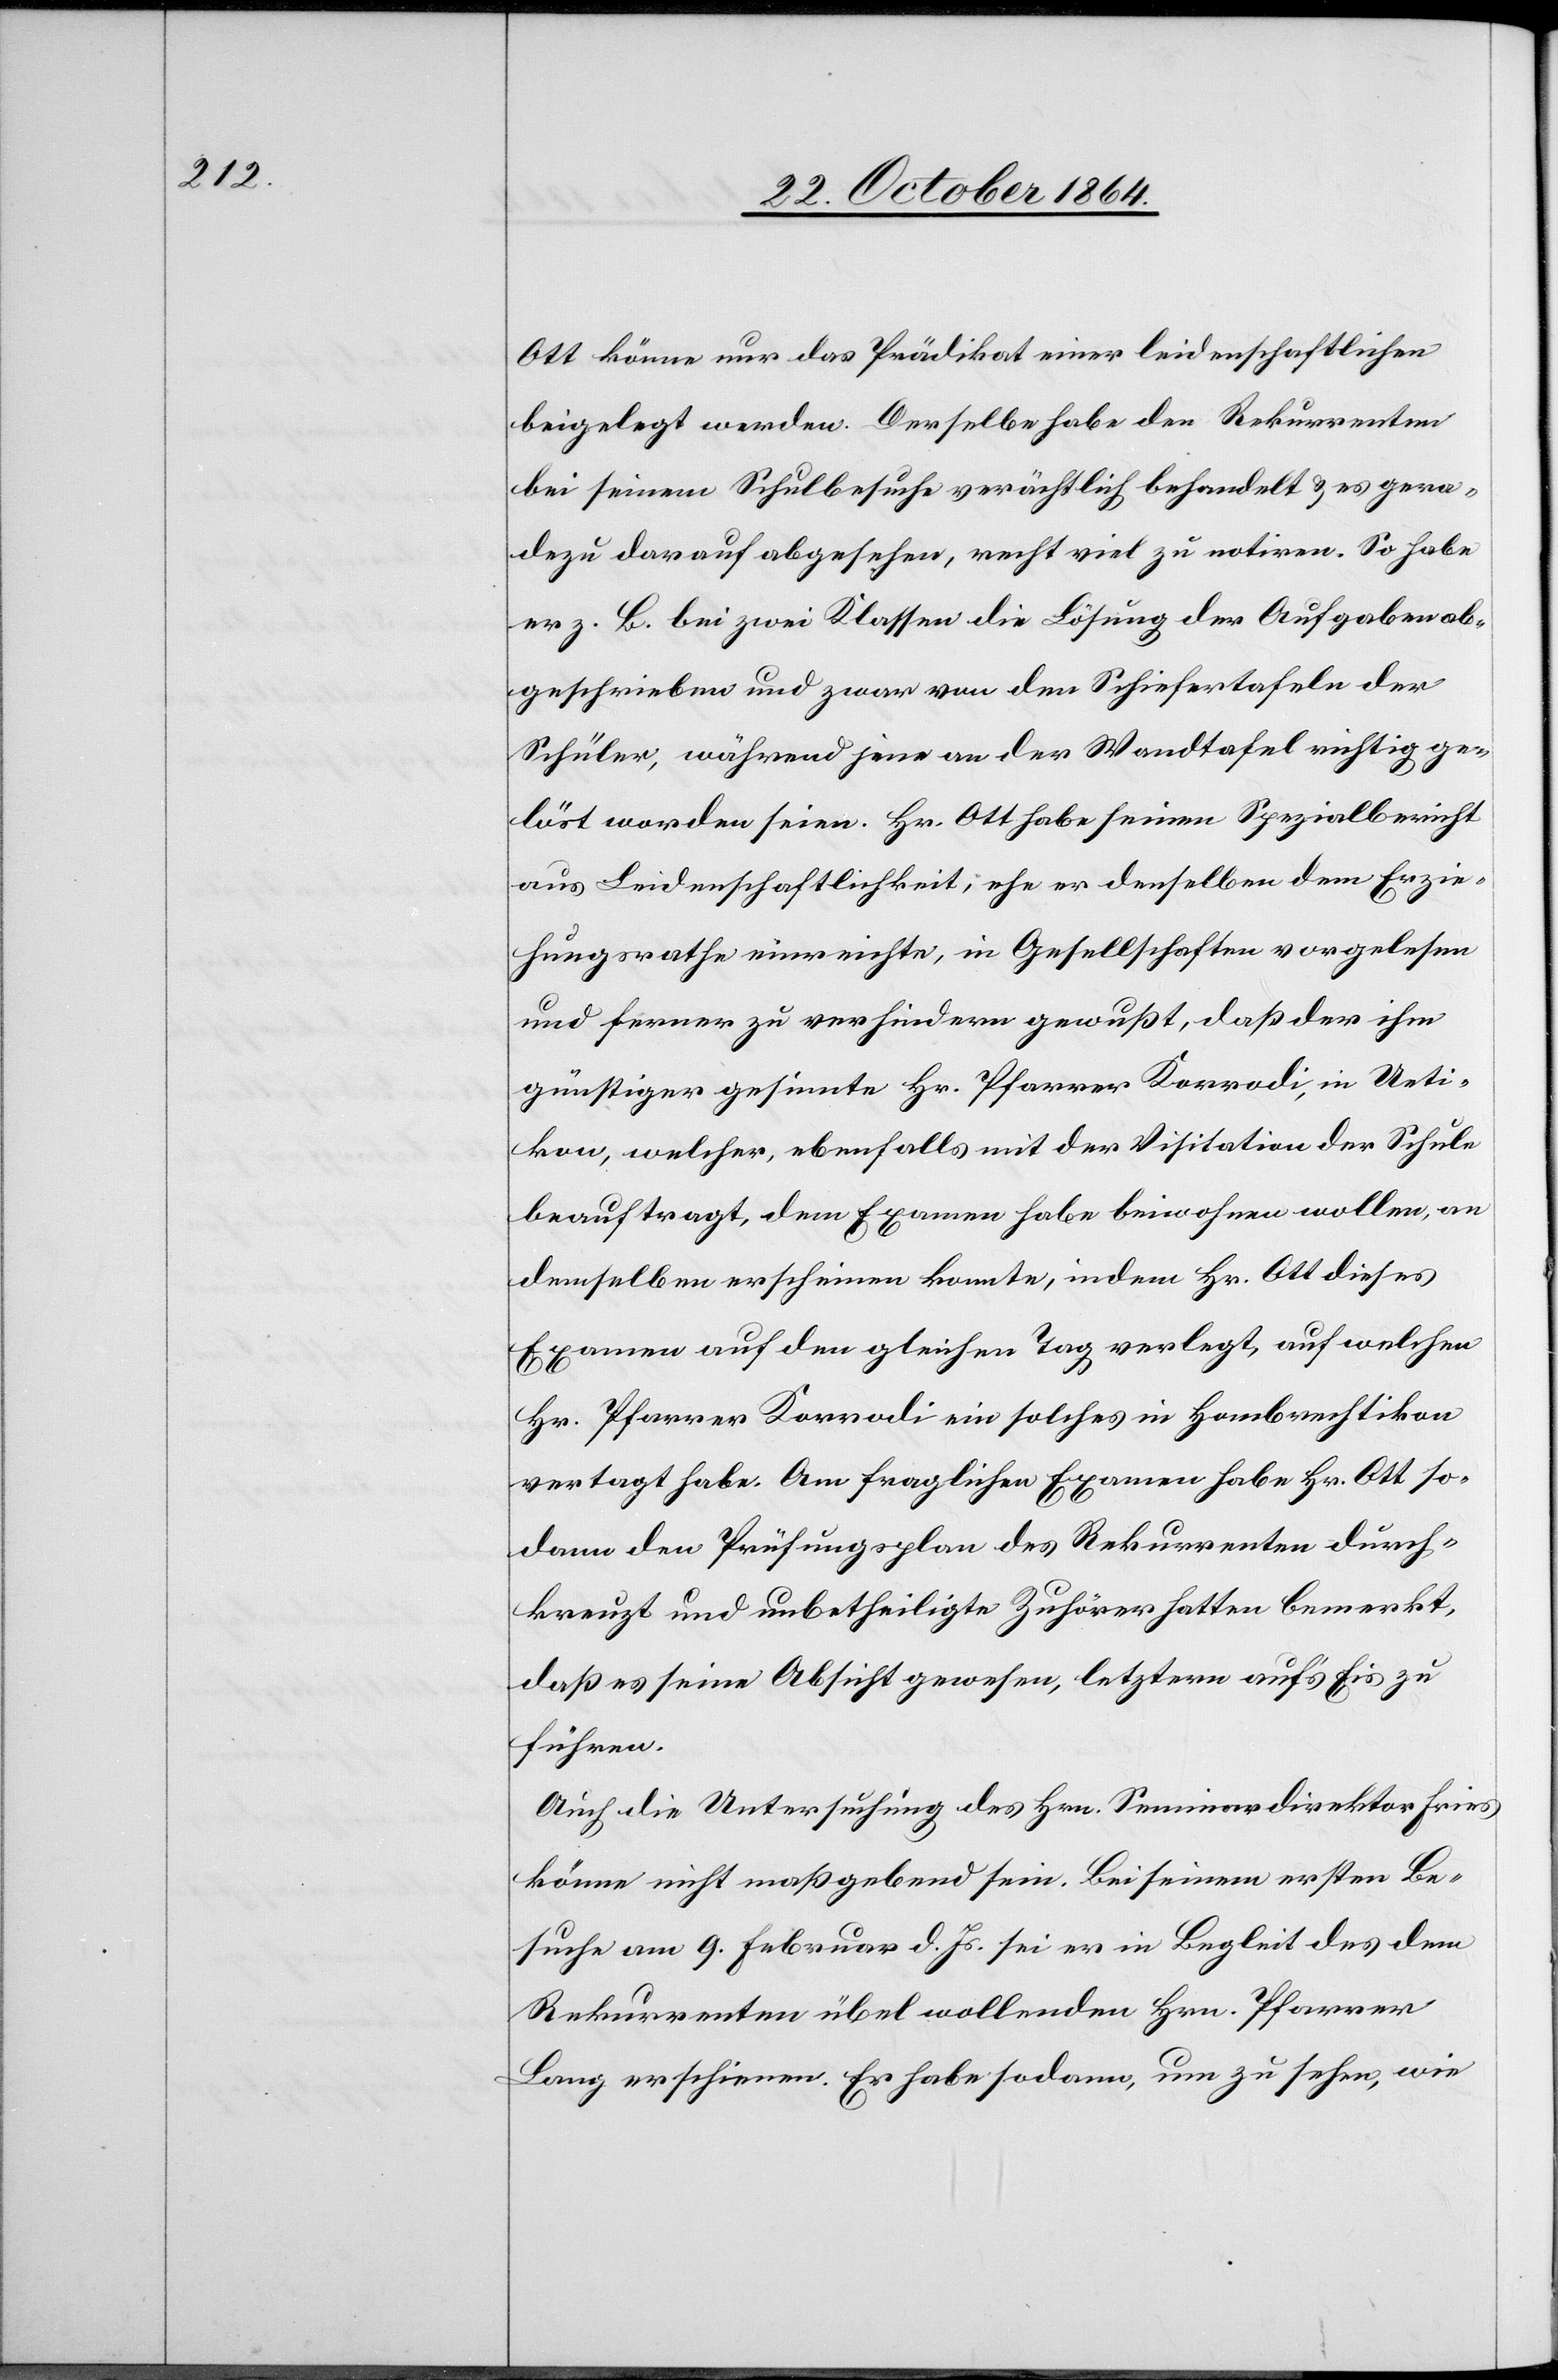
Ott könne nur das Prädikat einer leidenschaftlichen
beigelegt werden. Derselbe habe den Rekurrenten
bei seinem Schulbesuche verächtlich behandelt & es gera¬
dezu darauf abgesehen, recht viel zu notiren. So habe
er z. B. bei zwei Klassen die Lösung der Aufgaben ab¬
geschrieben und zwar von den Schiefertafeln der
Schüler, während jene an der Wandtafel richtig ge¬
löst worden seien. Hr. Ott habe seinen Spezialbericht
aus Leidenschaftlichkeit, ehe er denselben dem Erzie¬
hungsrathe einreichte, in Gesellschaften vorgelesen
und ferner zu verhindern gewußt, daß der ihm
günstiger gesinnte Hr. Pfarrer Korrodi, in Ueti¬
kon, welcher, ebenfalls mit der Visitation der Schule
beauftragt, dem Examen habe beiwohnen wollen, an
demselben erscheinen konnte, indem Hr. Ott dieses
Examen auf den gleichen Tag verlegt, auf welchen
Hr. Pfarrer Korrodi ein solches in Hombrechtikon
vertagt habe. Am fraglichen Examen habe Hr. Ott so¬
dann den Prüfungsplan des Rekurrenten durch¬
kreuzt und unbetheiligte Zuhörer hatten bemerkt,
daß es seine Absicht gewesen, letztern auf’s Eis zu
führen.
Auch die Untersuchung des Hrn. Seminardirektor Fries
könne nicht maßgebend sein. Bei seinem ersten Be¬
suche am 9. Februar d. Js. sei er in Begleit des dem
Rekurrenten übel wollenden Hrn. Pfarrer
Lang erschienen. Er habe sodann, um zu sehen, wie